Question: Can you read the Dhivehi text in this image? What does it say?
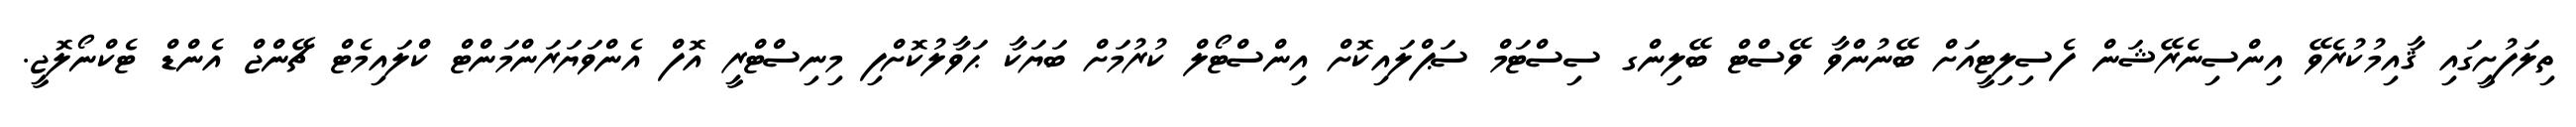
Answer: ތިލަފުށީގައި ޤާއިމުކުރެވޭ އިންސިނެރޭޝަން ފެސިލިޓީއަށް ބޭނުންވާ ވޭސްޓް ބޭލިންގ ސިސްޓަމް ސަޕްލައިކޮށް އިންސްޓޯލް ކުރުމަށް ބަޔަކާ ޙަވާލުކޮށްފި މިނިސްޓްރީ އޮފް އެންވަޔަރަންމަންޓް ކްލައިމެޓް ޗޭންޖް އެންޑް ޓެކްނޯލޮޖީ.